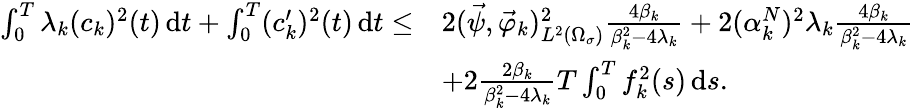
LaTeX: \begin{array}{rl}{\int_{0}^{T}\lambda_{k}(c_{k})^{2}(t)\, \mathrm dt+\int_{0}^{T}(c_{k}^{\prime})^{2}(t)\, \mathrm dt\leq}&{2(\vec{\psi},\vec{\varphi}_{k})_{L^{2}(\Omega_{\sigma})}^{2}\frac{4\beta_{k}}{\beta_{k}^{2}-4\lambda_{k}}+2(\alpha_{k}^{N})^{2}\lambda_{k}\frac{4\beta_{k}}{\beta_{k}^{2}-4\lambda_{k}}}\\ &{+2\frac{2\beta_{k}}{\beta_{k}^{2}-4\lambda_{k}}T\int_{0}^{T}f_{k}^{2}(s)\, \mathrm ds.}\end{array}